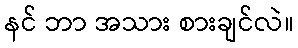
နင် ဘာ အသား စားချင်လဲ။